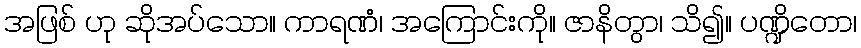
အဖြစ် ဟု ဆိုအပ်သော။ ကာရဏံ၊ အကြောင်းကို။ ဇာနိတွာ၊ သိ၍။ ပဏ္ဍိတော၊